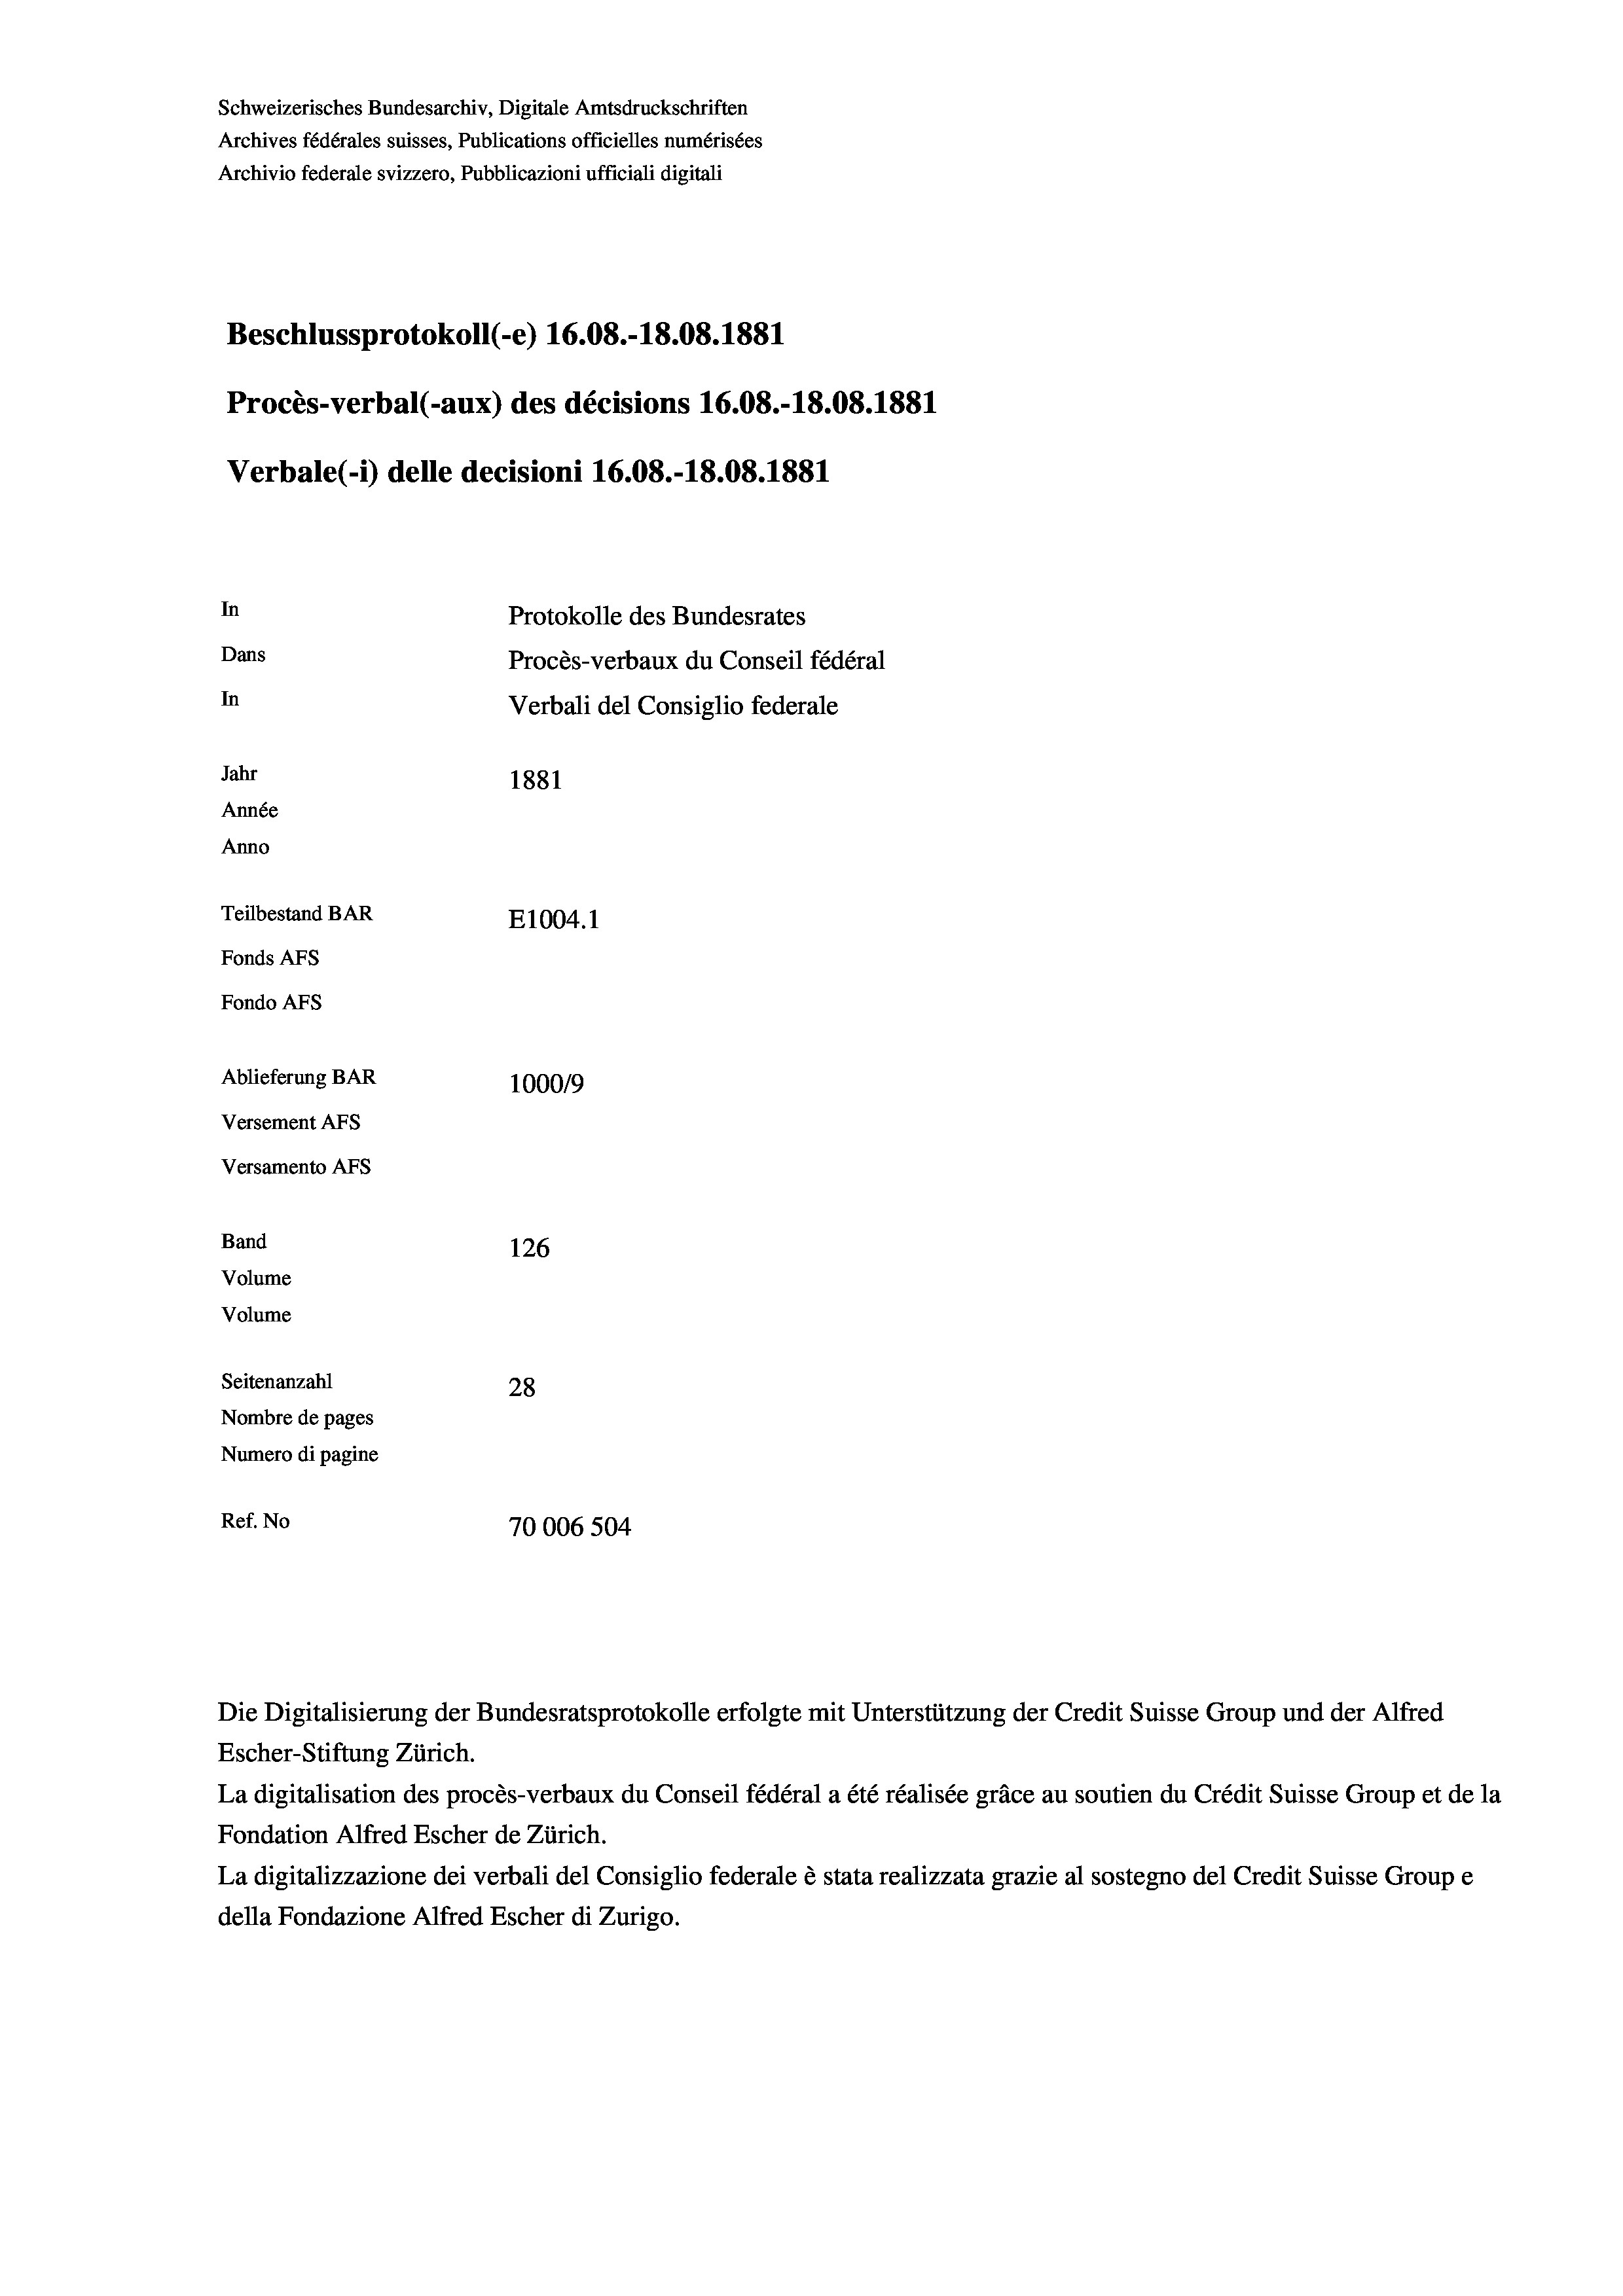
Schweizerisches Bundesarchiv, Digitale Amtsdruckschriften
Archives fédérales suisses, Publications officielles numérisées
Archivio federale svizzero, Pubblicazioni ufficiali digitali
Beschlussprotokoll (-e) 16.08.-18.08. 1881
Procès-verbal (-aux) des décisions 16.08.-18.08.1881
Verbale (- 1) delle decisioni 16.08.-18.08. 1881
In
Protokolle des Bundesrates
Dans
Procès-verbaux du Conseil fédéral
In
Verbali del Consiglio federale
Jahr
1881
Année
Anno
Teilbestand BAR
E1004. 1
Fonds AFs
Fondo AFS
Ablieferung BAR
100019
Versement AFs
Versamento Afs
Band
126
Volume
Volume
Seitenanzahl
28
Nombre de pages
Numero di pagine
Ref. No
70006 504

Escher-Stiftung Zürich.
La digitalisation des procès-verbaux du Conseil fédéral a été réalisée gräce au soutien du Crédit Suisse Group et de la
Fondation Alfred Escher de Zürich.
La digitalizzazione dei verbali del Consiglio federale è stata realizzata grazie al sostegno del Credit Suisse Groupe
della Fondazione Alfred Escher di Zurigo.

Die Digitalisierung der Bundesratsprotokolle erfolgte mit Unterstützung der Credit Suisse Group und der Alfred